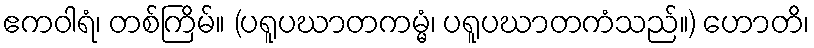
ဧကဝါရံ၊ တစ်ကြိမ်။ (ပရူပဃာတကမ္မံ၊ ပရူပဃာတကံသည်။) ဟောတိ၊